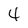
Character: 4